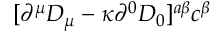
[ \partial ^ { \mu } D _ { \mu } - \kappa \partial ^ { 0 } D _ { 0 } ] ^ { a \beta } c ^ { \beta }